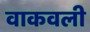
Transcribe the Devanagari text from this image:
वाकवली